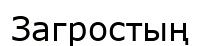
Загростың